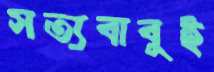
সত্যবাবুই